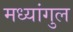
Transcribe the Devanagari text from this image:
मध्यांगुल